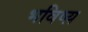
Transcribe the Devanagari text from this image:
भविष्य़